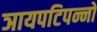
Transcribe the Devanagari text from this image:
ञायपटिपन्नो